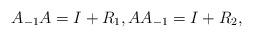
LaTeX: \begin{align*}A_{-1}A=I + R_1, AA_{-1}= I+ R_2,\end{align*}